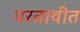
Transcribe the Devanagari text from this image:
परतावीत